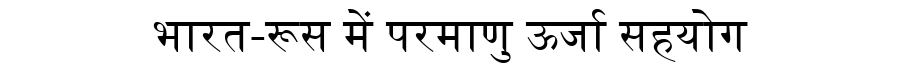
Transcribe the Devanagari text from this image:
भारत-रूस में परमाणु ऊर्जा सहयोग